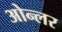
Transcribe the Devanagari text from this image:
ओन्लर